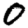
Digit: 0